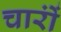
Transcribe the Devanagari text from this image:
चारोंं